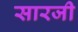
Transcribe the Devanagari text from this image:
सारजी